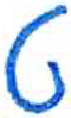
אות: ט